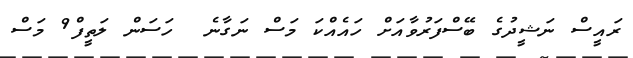
ރައީސް ނަޝީދުގެ ބޭސްފަރުވާއަށް ހައެއްކަ މަސް ނަގާނެ  ހަސަން ލަތީފް9 މަސް